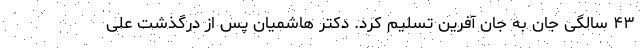
۴۳ سالگی جان به جان آفرین تسلیم کرد. دکتر هاشمیان پس از درگذشت علی